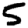
Digit: 5